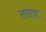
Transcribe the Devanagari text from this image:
लडता